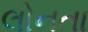
લોનતા